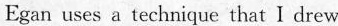
Egan uses a technique that I drew